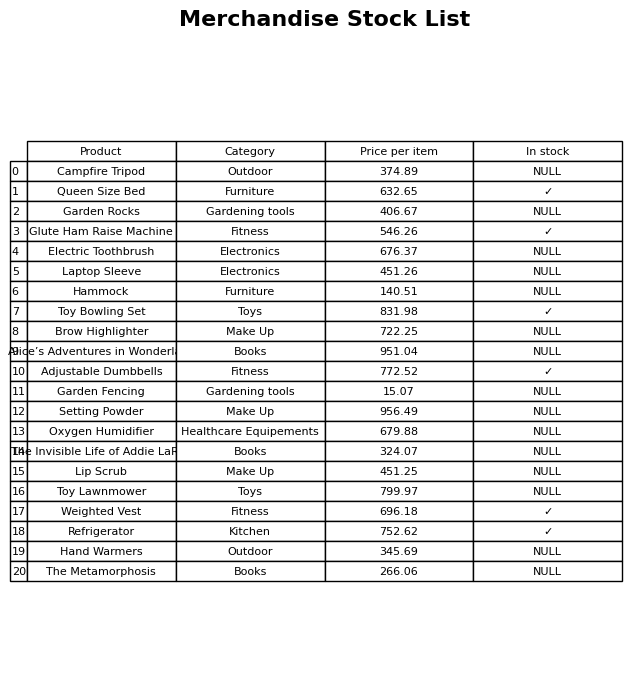
question: Is the Toy Bowling Set in stock?
answer: ✓